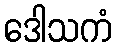
ဒေါသကံ